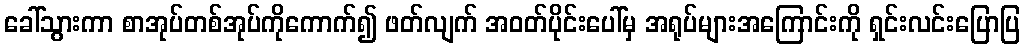
ခေါ်သွားကာ စာအုပ်တစ်အုပ်ကိုကောက်၍ ဖတ်လျက် အဝတ်ပိုင်းပေါ်မှ အရုပ်များအကြောင်းကို ရှင်းလင်းပြောပြ